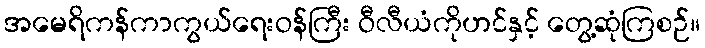
အမေရိကန်ကာကွယ်ရေးဝန်ကြီး ဝီလီယံကိုဟင်နှင့် တွေ့ဆုံကြစဉ်။